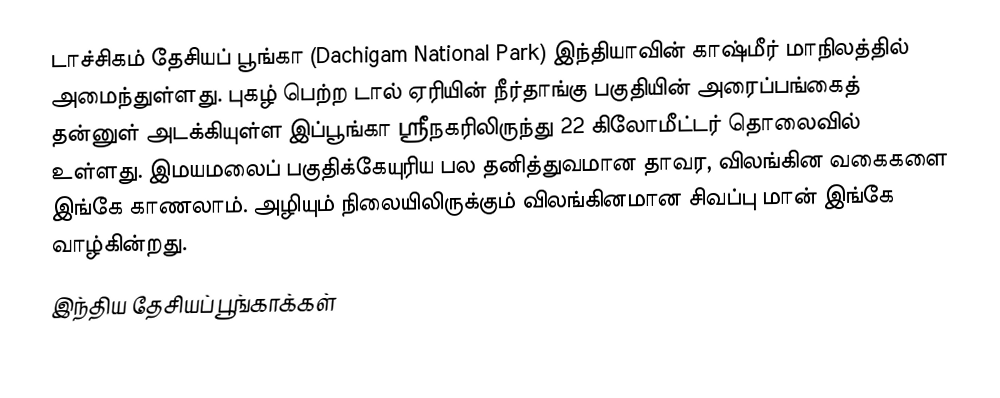
டாச்சிகம் தேசியப் பூங்கா (Dachigam National Park) இந்தியாவின் காஷ்மீர் மாநிலத்தில் அமைந்துள்ளது. புகழ் பெற்ற டால் ஏரியின் நீர்தாங்கு பகுதியின் அரைப்பங்கைத் தன்னுள் அடக்கியுள்ள இப்பூங்கா ஸ்ரீநகரிலிருந்து 22 கிலோமீட்டர் தொலைவில் உள்ளது. இமயமலைப் பகுதிக்கேயுரிய பல தனித்துவமான தாவர, விலங்கின வகைகளை இங்கே காணலாம். அழியும் நிலையிலிருக்கும் விலங்கினமான சிவப்பு மான் இங்கே வாழ்கின்றது.
இந்திய தேசியப் பூங்காக்கள்